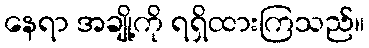
နေရာ အချို့ကို ရရှိထားကြသည်။